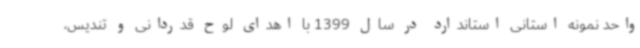
واحد نمونه استانی استاندارد در سال 1399 با اهدای لوح قدردانی و تندیس،